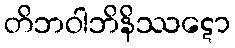
တိဘဝါဘိနိဿဋော